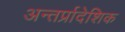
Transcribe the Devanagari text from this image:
अन्तर्प्रादेशिक